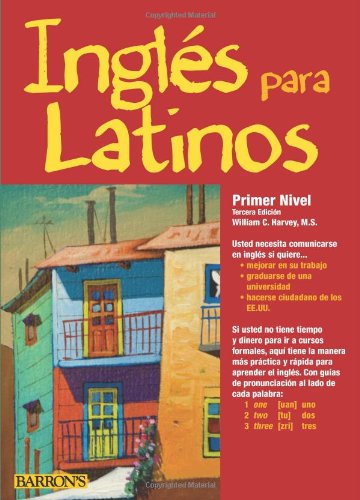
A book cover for Ingles para Latinos, Level 1; William C. Harvey M.S.; Reference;